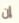
إن